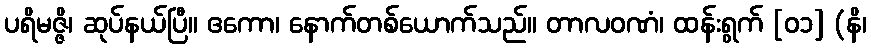
ပရိမဇ္ဇိ၊ ဆုပ်နယ်ပြီ။ ဧကော၊ နောက်တစ်ယောက်သည်။ တာလဝဏံ၊ ထန်းရွက် [၀၁] (နိ၊